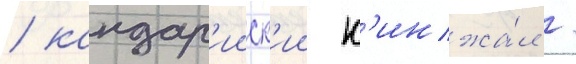
/ кандар'ииск'ии к'инжа́л /